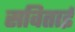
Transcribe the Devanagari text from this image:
सविताई